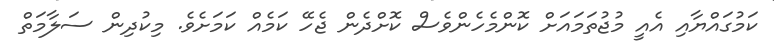
ކަމުގައްޔާއި އެއީ މުޖުތަމައަށް ކޮންމެހެންވެސް ކޮށްދެން ޖެހޭ ކަމެއް ކަމަށެވެ. މިކުދިން ސަލާމަތް